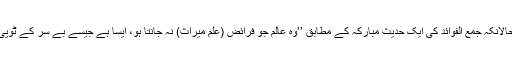
حالانکہ جمع الفوائد کی ایک حدیث مبارکہ کے مطابق ’’وہ عالم جو فرائض (علم میراث) نہ جانتا ہو، ایسا ہے جیسے بے سر کے ٹوپی۔